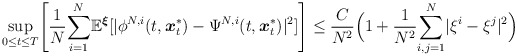
\begin{align*}\underset{0\leq t\leq T}{\sup}\Bigg[\frac{1}{N}\underset{i=1}{\overset{N}{\sum}}\mathbb{E}^{\boldsymbol{\xi}}[|\phi^{N,i}(t,\boldsymbol{x}^*_t) -\Psi^{N,i}(t,\boldsymbol{x}^*_t)|^2] \Bigg]\leq \frac{C}{N^2}\Big(1+\frac{1}{N^2}\underset{i,j=1}{\overset{N}{\sum}}|\xi^{i}-\xi^{j}|^2\Big)\end{align*}